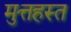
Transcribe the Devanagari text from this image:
मुत्तहस्त